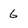
Character: 6